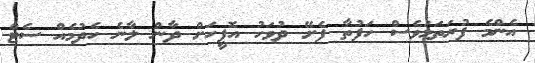
އެންމެ ފުރަތަމަވެސް ހަފުތާ ފެށޭ ދުވަހު އޮފީހަށް ދާން ލާނެ ހެދުމެއް ސެޓް